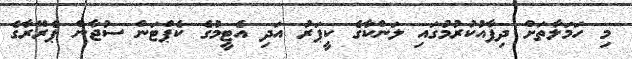
މި ހަަމަލާތަށް ދިފާއުކުރުމުގައި ލަންކާގެ ކީޕަރު އަދި އެޓީމުގެ ކެޕްޓަން ސުޖާން ޕެރޭރާގެ